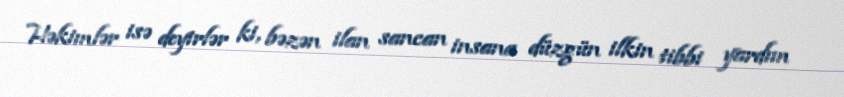
Həkimlər isə deyirlər ki, bəzən ilan sancan insana düzgün ilkin tibbi yardım